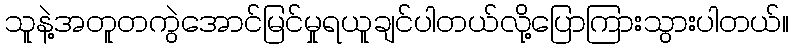
သူနဲ့အတူတကွဲအောင်မြင်မှုရယူချင်ပါတယ်လို့ပြောကြားသွားပါတယ်။